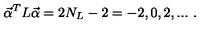
{ \vec { \alpha } } ^ { T } L { \vec { \alpha } } = 2 N _ { L } - 2 = - 2 , 0 , 2 , . . . \ .